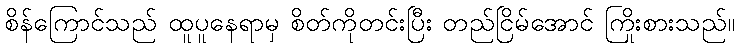
စိန်ကြောင်သည် ထူပူနေရာမှ စိတ်ကိုတင်းပြီး တည်ငြိမ်အောင် ကြိုးစားသည်။